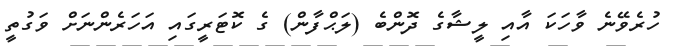
ހުރެވޭނެ ވާހަކަ އާއި ލީޝާގެ ދޮންބެ (ލަޙްފާން) ގެ ކޮޓަރީގައި އަހަރެންނަށް ވަގުތީ